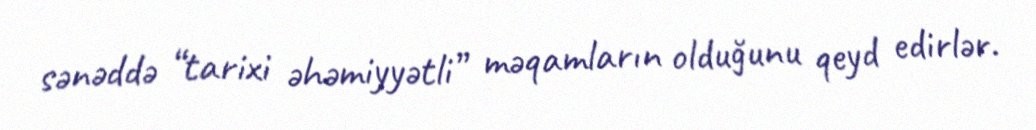
sənəddə “tarixi əhəmiyyətli” məqamların olduğunu qeyd edirlər.